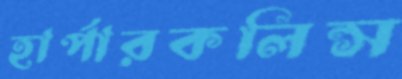
হার্পারকলিন্স